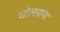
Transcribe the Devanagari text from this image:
घोलपाना